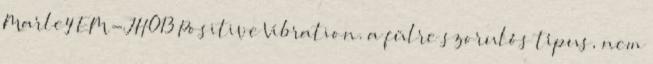
Marley EM-JH013 Positive Vibration. a fülre szorulós típus, nem